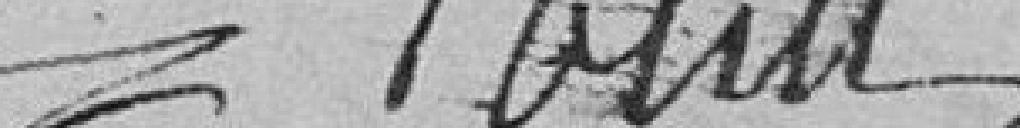
Potin